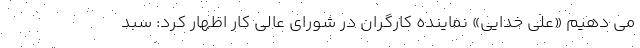
می دهیم «علی خدایی» نماینده کارگران در شورای عالی کار اظهار کرد: سبد